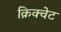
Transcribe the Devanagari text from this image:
क्रिक्वेट